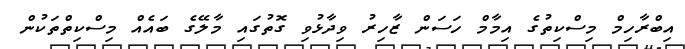
އިބްރާހިމް މިސްކިތުގެ އިމާމް ހަސަން ޒާހިރު ވިދާޅުވި ގޮތުގައި މާލޭގެ ބައެއް މިސްކިތްތަކުން